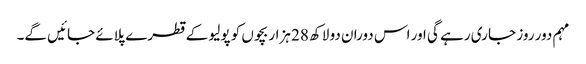
مہم دور روز جا ری رہے گی اور اس دوران دو لاکھ 28 ہزار بچوں کو پولیو کے قطرے پلائے جائیں گے۔